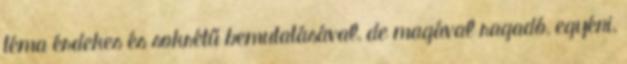
téma érdekes és sokrétű bemutatásával, de magával ragadó, egyéni,